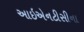
આઇએનટીસીના